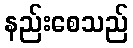
နည်းစေသည်